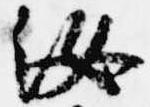
汝